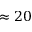
\approx 2 0